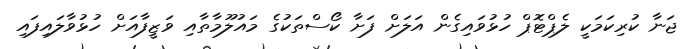
ޖަނާ ކުރިކަމަކީ ލެޕްޓޮޕް ހުޅުވައިގެން އަލަށް ފަށާ ކޯސްތަކުގެ މައުލޫމާތާއި ވަޒީފާއަށް ހުޅުވާލައިފައި